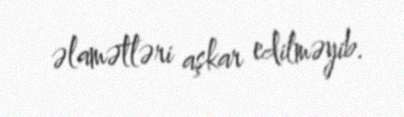
əlamətləri aşkar edilməyib.